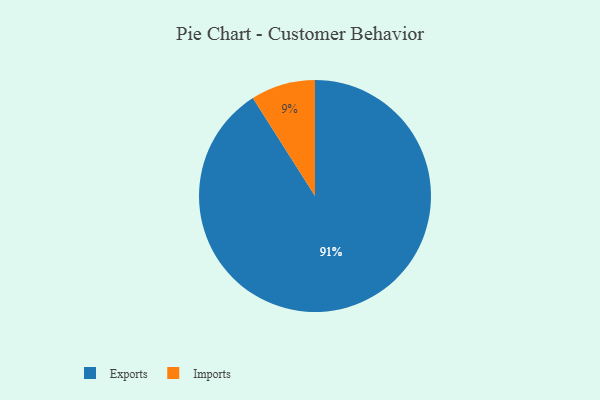
{"axis": {"x": "Category", "y": "Percentage"}, "legend": ["Exports", "Imports"], "data": [{"x": "Exports", "y": 91, "type": "Exports"}, {"x": "Imports", "y": 9, "type": "Imports"}]}